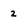
Character: 2